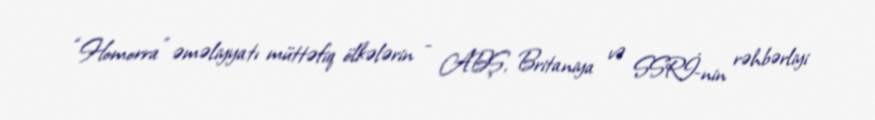
“Homorra” əməliyyatı müttəfiq ölkələrin - ABŞ, Britaniya və SSRİ-nin rəhbərliyi